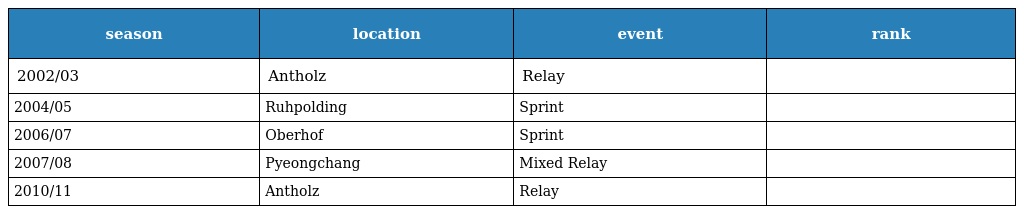
| season | location | event | rank |
 | --- | --- | --- | --- |
 | 2002/03 | Antholz | Relay |  |
 | 2004/05 | Ruhpolding | Sprint |  |
 | 2006/07 | Oberhof | Sprint |  |
 | 2007/08 | Pyeongchang | Mixed Relay |  |
 | 2010/11 | Antholz | Relay |  |